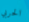
الحربي